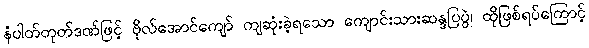
နံပါတ်တုတ်ဒဏ်ဖြင့် ဗိုလ်အောင်ကျော် ကျဆုံးခဲ့ရသော ကျောင်းသားဆန္ဒပြပွဲ၊ ထိုဖြစ်ရပ်ကြောင့်